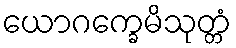
ယောဂက္ခေမိသုတ္တံ